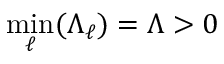
\operatorname* { m i n } _ { \ell } ( \Lambda _ { \ell } ) = \Lambda > 0